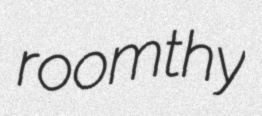
roomthy